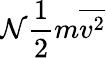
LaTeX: \mathcal{N}{\frac{{1}}{{2}}}m{\overline{{{v^{2}}}}}